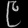
Digit: ၉